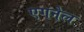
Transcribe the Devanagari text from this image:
एगनेल